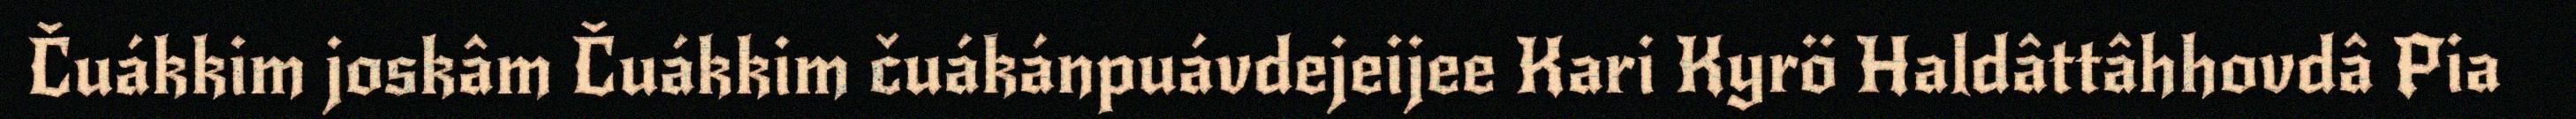
Čuákkim joskâm Čuákkim čuákánpuávdejeijee Kari Kyrö Haldâttâhhovdâ Pia